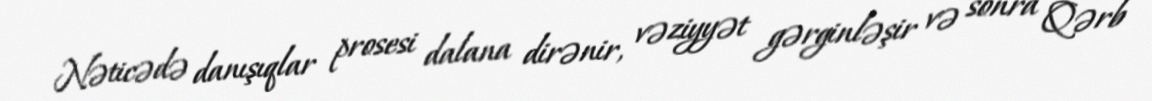
Nəticədə danışıqlar prosesi dalana dirənir, vəziyyət gərginləşir və sonra Qərb